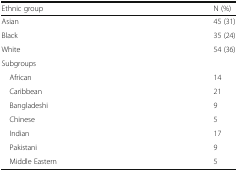
<table><thead><tr><td><b>Ethnic group</b></td><td><b>N (%)</b></td></tr></thead><tbody><tr><td>Asian</td><td>45 (31)</td></tr><tr><td>Black</td><td>35 (24)</td></tr><tr><td>White</td><td>54 (36)</td></tr><tr><td colspan="2">Subgroups</td></tr><tr><td> African</td><td>14</td></tr><tr><td> Caribbean</td><td>21</td></tr><tr><td> Bangladeshi</td><td>9</td></tr><tr><td> Chinese</td><td>5</td></tr><tr><td> Indian</td><td>17</td></tr><tr><td> Pakistani</td><td>9</td></tr><tr><td> Middle Eastern</td><td>5</td></tr></tbody></table>